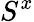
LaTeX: S^{x}